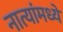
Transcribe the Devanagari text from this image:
नात्यांमध्ये